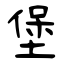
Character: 堡